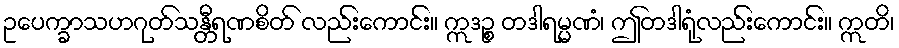
ဥပေက္ခာသဟဂုတ်သန္တီရဏစိတ် လည်းကောင်း။ ဣဒဉ္စ တဒါရမ္မဏံ၊ ဤတဒါရုံလည်းကောင်း။ ဣတိ၊